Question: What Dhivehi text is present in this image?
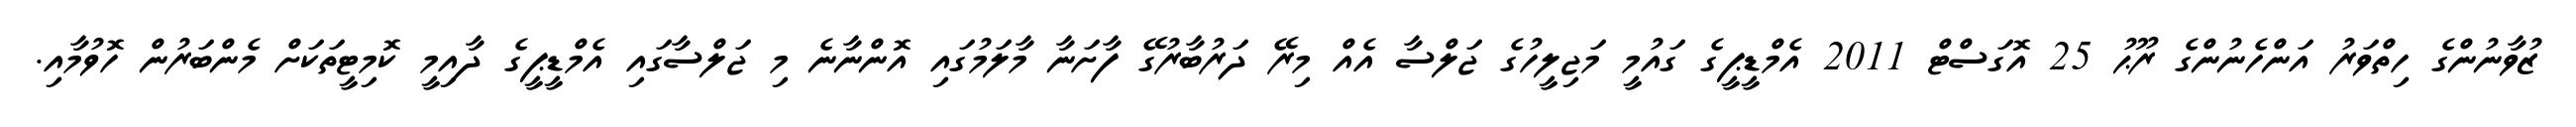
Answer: ޒުވާނުންގެ ހިތްވަރު އަންހެނުންގެ ރޫޙު 25 އޮގަސްޓް 2011 އެމްޑީޕީގެ ގައުމީ މަޖިލީހުގެ ޖަލްސާ އެއް މިރޭ ދަރުބާރުގޭ ފާށަނާ މާލަމުގައި އޮންނާނެ މި ޖަލްސާގައި އެމްޑީޕީގެ ދާއިމީ ކޮމިޓީތަކަށް މެންބަރުން ހޮވުމާއި.